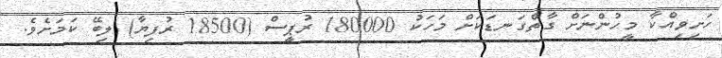
ހަށިވިއްކާ މީހުންނަށް ގާތްގަނޑަކަށް މަހަކު 180000 ރުޕީސް (18500 ރުފިޔާ) ލިބޭ ކަމަށެވެ.